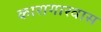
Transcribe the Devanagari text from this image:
कारागारवास